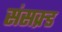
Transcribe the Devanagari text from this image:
संसक्र्ड